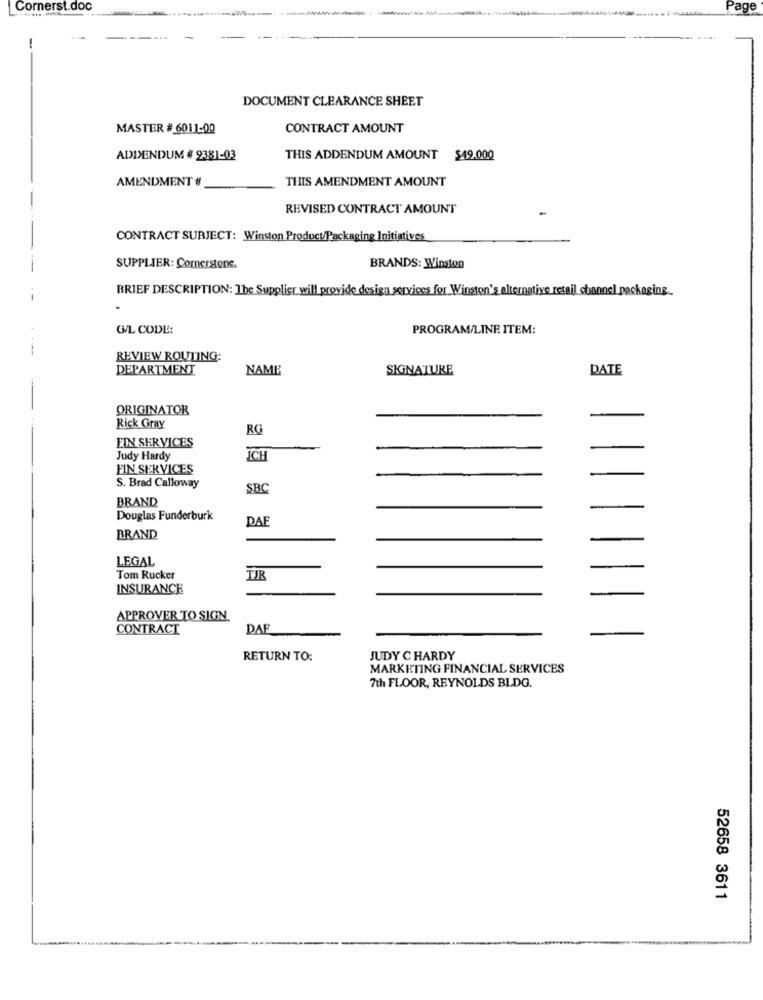
Cornerst.doc
Page
-
DOCUMENT CLEARANCE SHEET
MASTER # 6011-00
CONTRACT AMOUNT
ADDENDUM # 9381-03
THIS ADDENDUM AMOUNT $49.000
AMENDMENT #
THIS AMENDMENT AMOUNT
REVISED CONTRACT AMOUNT
CONTRACT SUBJECT: Winston Product/Packaging Initiatives
SUPPLIER: Cornerstone.
BRANDS: Winston
BRIEF DESCRIPTION: The Supplier will provide design services for Winston's alternative retail channel packaging.
G/L CODE:
PROGRAM/LINE ITEM:
REVIEW ROUTING:
DEPARTMENT
NAMI:
SIGNATURE
DATE
ORIGINATOR
Rick Gray
RG
FIN SERVICES
Judy Hardy
ICH
FIN SERVICES
S. Brad Calloway
SBC
BRAND
Douglas Funderburk
DAF
BRAND
LEGAL
Tom Rucker
TIR
INSURANCE
APPROVER TO SIGN.
CONTRACT
DAF
RETURN TO:
JUDY C HARDY
MARKETING FINANCIAL SERVICES
7th FLOOR, REYNOLDS BLDG.
52658 3611